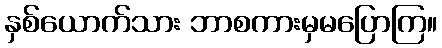
နှစ်ယောက်သား ဘာစကားမှမပြောကြ။